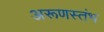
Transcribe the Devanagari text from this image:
अरूणस्तंभ